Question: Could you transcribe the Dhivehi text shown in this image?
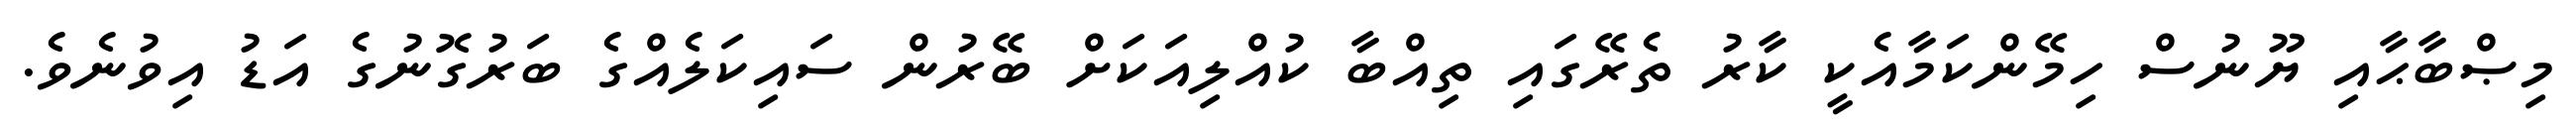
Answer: މިޞްބާޙާއި ޔޫނުސް ހިމޭންކަމާއެކީ ކާރު ތެރޭގައި ތިއްބާ ކުއްލިއަކަށް ބޭރުން ސައިކަލެއްގެ ބަރުގޮނުގެ އަޑު އިވުނެވެ.